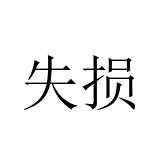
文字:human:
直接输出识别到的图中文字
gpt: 失损